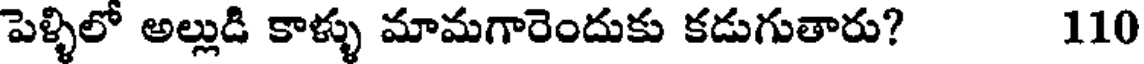
పెళ్ళిలో అల్లుడి కాళ్ళు మామగారెందుకు కడుగుతారు? 110